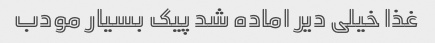
غذا خیلی دیر اماده شد پیک بسیار مودب